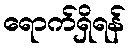
ရောက်ရှိရန်